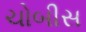
ચોબીસ